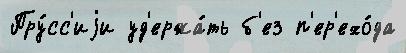
Пру́сс'иjи уд'ержа́ть б'ез п'ер'ехо́да